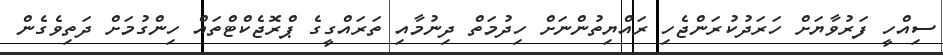
ސިއްހީ ފަރުވާޔަށް ހަރަދުކުރަންޖެހި ރައްޔިތުންނަށް ހިދުމަތް ދިނުމާއި ތަރައްގީގެ ޕްރޮޖެކްޓްތައް ހިންގުމަށް ދަތިވެގެން